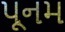
પૂનમ